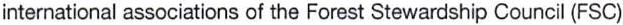
international associations of the Forest Stewardship Council (FSC)